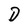
Character: D